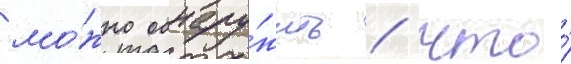
мо́жно обнару́жить / что́